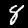
Label: 8